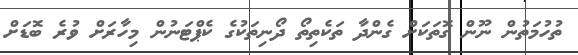
ތުހުމަތުން ނޫން ގޮތަކަށް ގެންދާ ތަކެތިތޯ ދޯނިތަކުގެ ކެޕްޓަނުން މިހާރަށް ވުރެ ބޮޑަށް